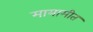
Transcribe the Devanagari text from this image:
मायामीत